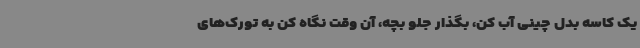
یک کاسه بدل چینی آب کن، بگذار جلو بچه، آن وقت نگاه کن به تورک‌های